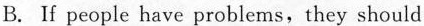
B. If people have problems,they should